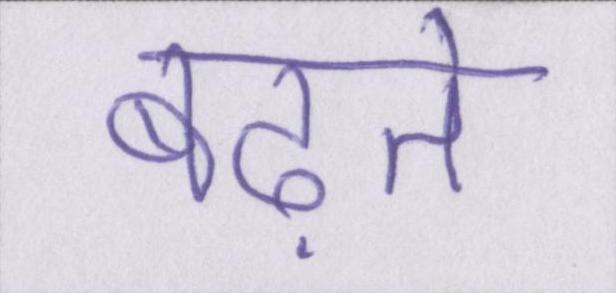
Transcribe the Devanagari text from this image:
बढ़ते